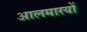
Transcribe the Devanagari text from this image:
आलमारयों